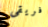
فريقى